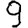
Digit: 9